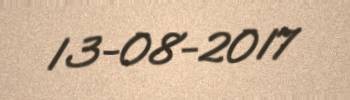
13-08-2017